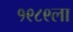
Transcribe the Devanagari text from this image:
१९८९ला